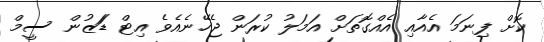
ކޮށް ފިނަމަ އެއާއި އެއްގޮތަށް އަމަލު ކުރަން ޖެހޭނެއެވެ އިޓް ޑަަޒުން ސީމް